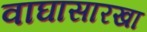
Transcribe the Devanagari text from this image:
वाघासारखा